Annual administration report of the Civil Veterinary Department of India - 1897-1898
Year: 1897
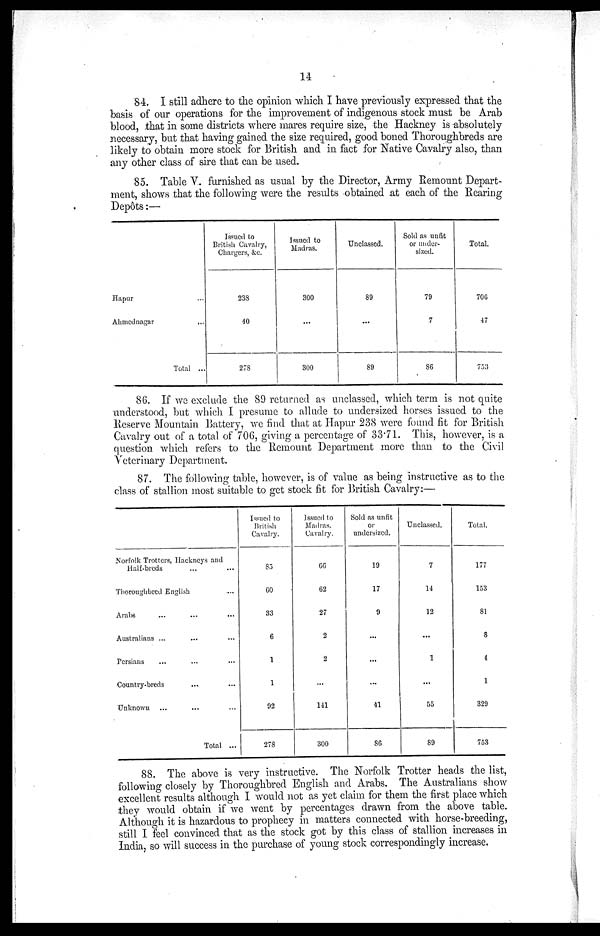
14
84. I still adhere to the opinion which I have previously expressed that the
basis of our operations for the improvement of indigenous stock must be Arab
blood, that in some districts where mares require size, the Hackney is absolutely
necessary, but that having gained the size required, good boned Thoroughbreds are
likely to obtain more stock for British and in fact for Native Cavalry also, than
any other class of sire that can be used.
85. Table V. furnished as usual by the Director, Army Remount Depart-
ment, shows that the following were the results obtained at each of the Rearing
Depôts:—
Hapur
Ahmednagar
...
...
Total ...
Issued to
British Cavalry,
Chargers, &c.
238
40
278
Issued to
Madras
300
...
300
Unclassed.
89
...
89
Sold as unfit
or under-
sized.
79
7
86
Total.
706
47
753
86. If we exclude the 89 returned as unclassed, which term is not quite
understood, but which I presume to allude to undersized horses issued to the
Reserve Mountain Battery, we find that at Hapur 238 were found fit for British
Cavalry out of a total of 706, giving a percentage of 33.71. This, however, is a
question which refers to the Remount Department more than to the Civil
Veterinary Department.
87. The following table, however, is of value as being instructive as to the
class of stallion most suitable to get stock fit for British Cavalry:—
Norfolk Trotters, Hackneys and
Half-breds ... ...
Thoroughbred English
Arabs ... ... ...
Australians ...
Persians
Country-breds ... ...
Unknown
Total ...
Issued to
British
Cavalry.
85
60
33
6
1
1
92
278
Issued to
Madras.
Cavalry.
66
62
27
2
2
...
141
300
Sold as unfit
or
undersized.
19
17
9
...
...
...
41
86
Unclassed.
7
14
12
...
1
...
55
89
Total.
177
153
81
8
4
1
329
753
88. The above is very instructive. The Norfolk Trotter heads the list,
following closely by Thoroughbred English and Arabs. The Australians show
excellent results although I would not as yet claim for them the first place which
they would obtain if we went by percentages drawn from the above table.
Although it is hazardous to prophecy in matters connected with horse-breeding,
still I feel convinced that as the stock got by this class of stallion increases in
India, so will success in the purchase of young stock correspondingly increase.